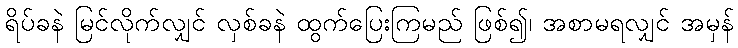
ရိပ်ခနဲ မြင်လိုက်လျှင် လှစ်ခနဲ ထွက်ပြေးကြမည် ဖြစ်၍၊ အစာမရလျှင် အမှန်